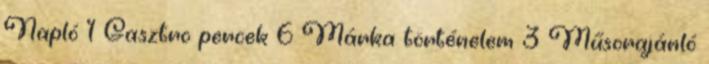
Napló 1 Gasztro percek 6 Márka történelem 3 Műsorajánló